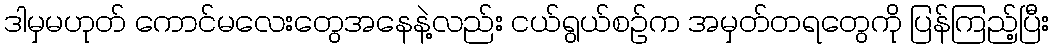
ဒါမှမဟုတ် ကောင်မလေးတွေအနေနဲ့လည်း ငယ်ရွယ်စဉ်က အမှတ်တရတွေကို ပြန်ကြည့်ပြီး